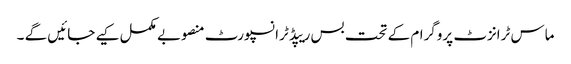
ماس ٹرانزٹ پروگرام کے تحت بس ریپڈ ٹرانسپورٹ منصوبے مکمل کیے جائیں گے ۔